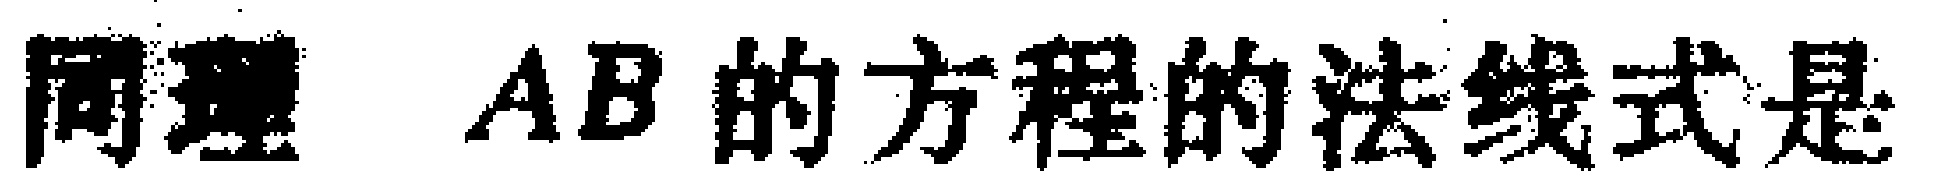
同理 \(AB\) 的方程的法线式是